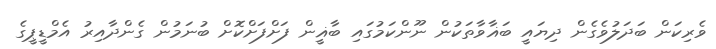
ވެރިކަން ބަދަލުވެގެން ދިޔައީ ބަޣާވާތަކުން ނޫންކަމުގައި ބާޣީން ފަށްފަށްކޮށް ބުނަމުން ގެންދާއިރު އެމްޑީޕީގެ